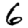
Digit: 6